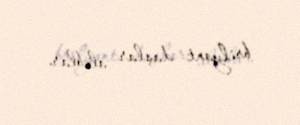
brilyant daşlar alıblar.